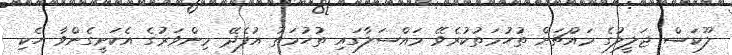
ލޫކަސް ޖަލީލުގެ މައްޗަށް ތުހުމަތުކުރެވޭ މައްސަލާގައި ތުހުމަތު އުފެދޭ މިންވަރުގެ އެކަށީގެންވާ ހެކި